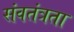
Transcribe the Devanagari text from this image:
संवतंत्रता